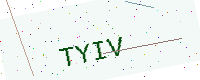
Text: TYIV